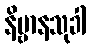
နိဗ္ဗာနသုခါ